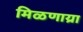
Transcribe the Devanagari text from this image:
मिळणाय्रा